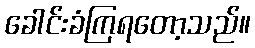
ခေါင်းခံကြရတော့သည်။